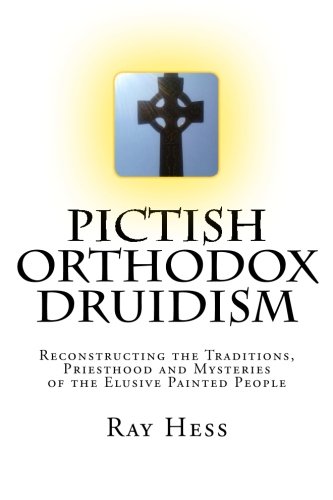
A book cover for Pictish Orthodox Druidism: Reconstructing the Traditions, Priesthood and Mysteries of the Elusive Painted People; Ray Hess; Religion & Spirituality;